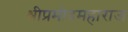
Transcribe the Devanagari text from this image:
श्रीप्रमोदमहाराज